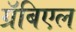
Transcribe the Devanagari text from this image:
ग्रॅबिएल